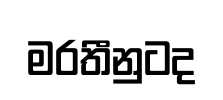
මරතීනුටද